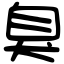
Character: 臭